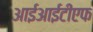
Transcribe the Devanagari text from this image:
आईआईटीएफ